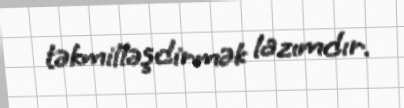
təkmilləşdirmək lazımdır.